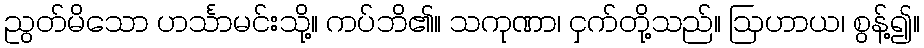
ညွတ်မိသော ဟင်္သာမင်းသို့။ ကပ်ဘိ၏။ သကုဏာ၊ ငှက်တို့သည်။ ဩဟာယ၊ စွန့်၍။